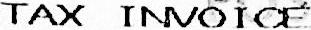
TAX INVOICE